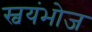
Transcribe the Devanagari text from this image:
स्वयंभोज